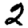
Digit: 2